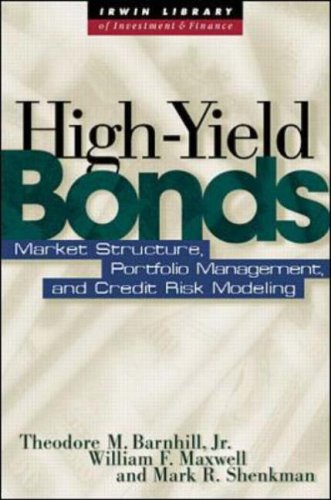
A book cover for High Yield Bonds: Market Structure, Valuation, and Portfolio Strategies; Theodore Barnhill; Business & Money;